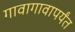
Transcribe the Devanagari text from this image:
गावागावापर्यंत